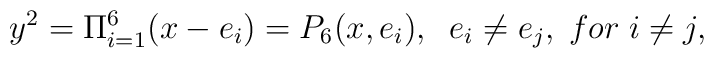
y^2= \Pi_{i=1}^{6} (x-e_i) = P_6(x, e_i),\;\;e_i\neq e_j,\;for\;i \neq j,